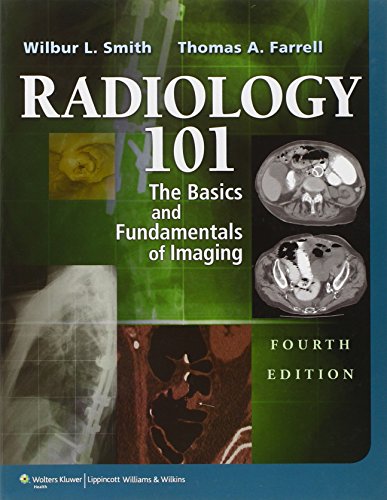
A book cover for Radiology 101: The Basics & Fundamentals of Imaging; Wilbur L. Smith MD; Medical Books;